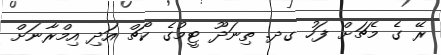
ރޭ ގެ މެޗަށް ފަހު ގދ. ތިނަދޫ ޓީމުގެ ކޯޗް އަދި އިމްރާނަށް